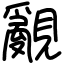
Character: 覶